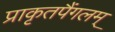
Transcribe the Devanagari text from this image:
प्राकृतपैंगलम्